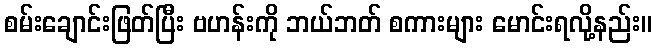
စမ်းချောင်းဖြတ်ပြီး ဗဟန်းကို ဘယ်ဘတ် စကားများ မောင်းရလို့နည်း။